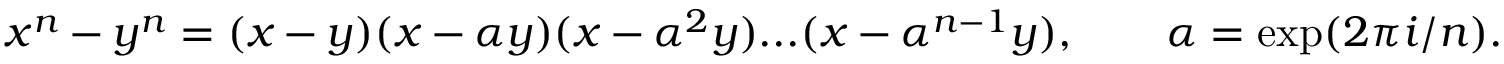
x ^ { n } - y ^ { n } = ( x - y ) ( x - \alpha y ) ( x - \alpha ^ { 2 } y ) . . . ( x - \alpha ^ { n - 1 } y ) , \qquad \alpha = \exp ( 2 \pi i / n ) .